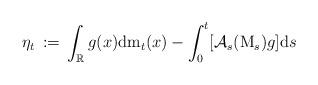
LaTeX: \begin{align*}\eta_{t}\, :=\, \int_{\mathbb R} g (x) {\mathrm d} \mathrm m_{t}(x) - \int^{t}_{0} [\mathcal A_{s} ( \mathrm M_{s}) g] {\mathrm d} s \, \end{align*}